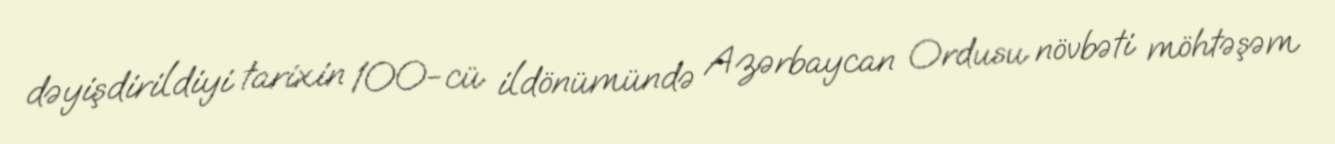
dəyişdirildiyi tarixin 100-cü ildönümündə Azərbaycan Ordusu növbəti möhtəşəm